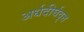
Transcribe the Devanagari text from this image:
अर्धदीर्घवृत्त